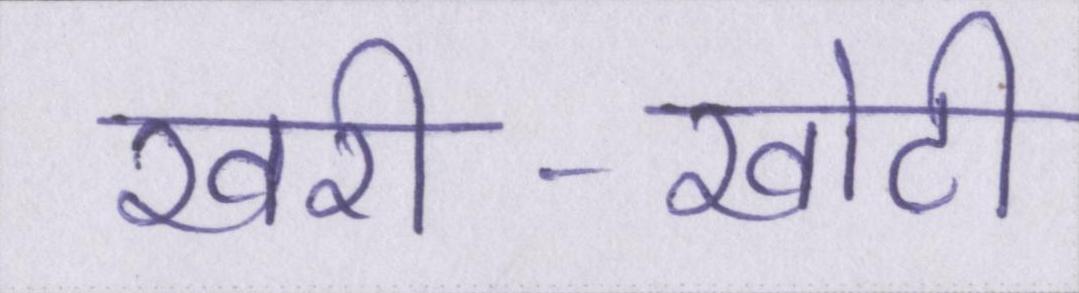
खरी-खोटी